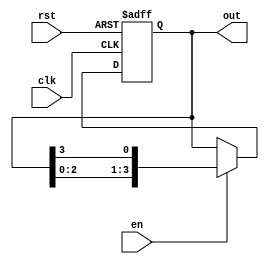
module johnson_counter_enable (
    input wire clk,
    input wire rst,
    input wire en,
    output reg [3:0] out
);

reg [3:0] counter;

always @(posedge clk or posedge rst) begin
    if (rst) begin
        counter <= 4'b0001;
    end else begin
        if (en) begin
            counter <= {counter[2:0], counter[3]};
        end
    end
end

assign out = counter;

endmodule